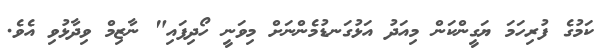
ކަމުގެ ފުރިހަމަ ޔަގީންކަން މިއަދު އަޅުގަނޑުމެންނަށް މިވަނީ ހޯދިފައި" ނާޒިމް ވިދާޅުވި އެވެ.